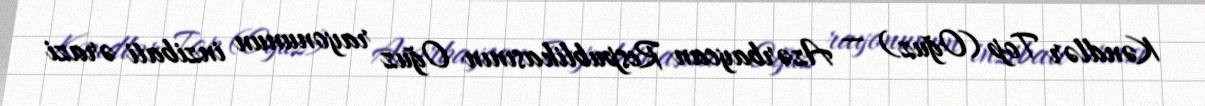
Kəndlər Top (Oğuz) — Azərbaycan Respublikasının Oğuz rayonunun inzibati ərazi